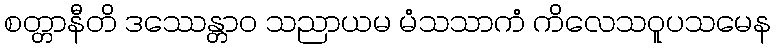
စတ္တာနီတိ ဒဿေန္တာဝ သညာယမ မံသသာကံ ကိလေသဝူပသမေန